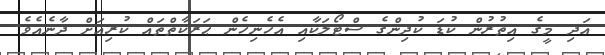
އަދި މީގެ އިތުރުން ކުޑަ ކުދިންގެ ސްޓޯލަކާއި އެހެނިހެން ޙަރަކާތްތައް ކުރިއަށް ދާނެއެވެ.